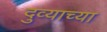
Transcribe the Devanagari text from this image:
दुव्याच्या